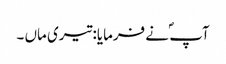
آپ ؐ نے فرمایا: تیری ماں ۔